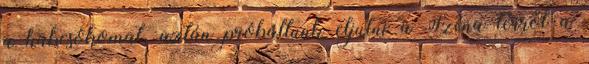
a habcsókomat, aztán próbáltunk eljutni a Széna térről a